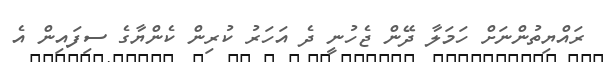
ރައްޔިތުންނަށް ހަމަލާ ދޭން ޖެހުނީ ދެ އަހަރު ކުރިން ކެންޔާގެ ސިފައިން އެ